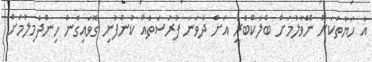
އާ ހަޔާތަކަށް ނޭވާލުމަށް ބްލެކްބެރީ އަށް ދެވަނަ ފުރުސަތެއް ކުންފުނި ގޮވައިގެން ހިންދެމިލުމަށް